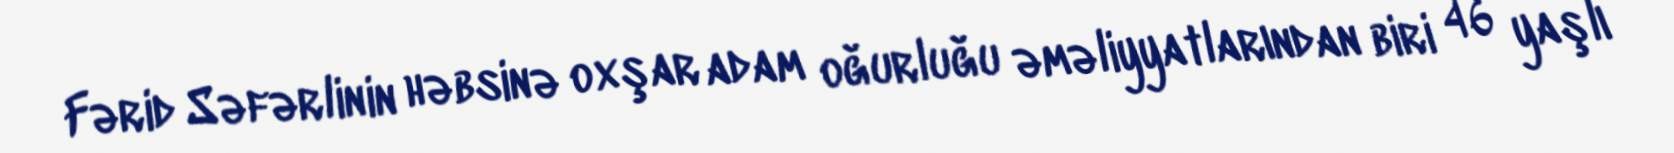
Fərid Səfərlinin həbsinə oxşar adam oğurluğu əməliyyatlarından biri 46 yaşlı